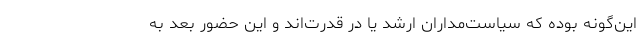
این‌گونه بوده که سیاست‌مداران ارشد یا در قدرت‌اند و این حضور بعد به